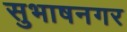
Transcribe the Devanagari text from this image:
सुभाषनगर